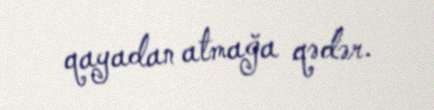
qayadan atmağa qədər.